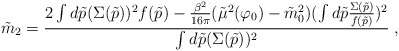
\begin{align*}\tilde{m}_2 = {\frac {2\int d\tilde{p} (\Sigma(\tilde{p}))^2 f(\tilde{p})- {\frac {\beta^2}{16\pi}}(\tilde{\mu}^2(\varphi_0)-\tilde{m}_0^2)(\int d\tilde{p}{\frac {\Sigma(\tilde{p})}{f(\tilde{p})}})^2}{\int d\tilde{p}(\Sigma(\tilde{p}))^2}} \;,\end{align*}